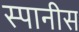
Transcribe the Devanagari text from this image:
स्पानीस